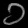
Digit: ၁